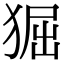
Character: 𤟎